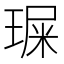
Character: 𤧁